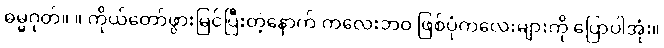
ဓမ္မဂုတ်။ ။ ကိုယ်တော်ဖွားမြင်ပြီးတဲ့နောက် ကလေးဘဝ ဖြစ်ပုံကလေးများကို ပြောပါအုံး။